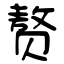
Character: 赘